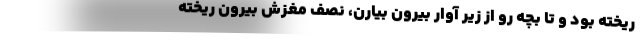
ريخته بود و تا بچه رو از زير آوار بيرون بيارن، نصف مغزش بيرون ريخته